Vaccination in Burma 1900-1911 - 1900-1911
Year: 1900
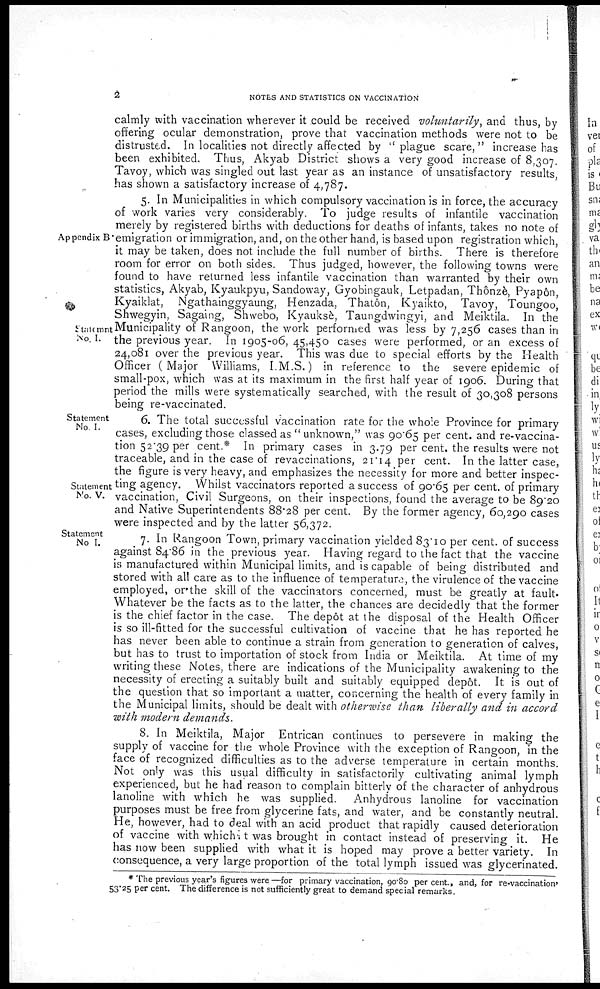
2
NOTES AND STATISTICS ON VACCINATION
calmly with vaccination wherever it could be received voluntarily, and thus, by
offering ocular demonstration, prove that vaccination methods were not to be
distrusted. In localities not directly affected by " plague scare," increase has
been exhibited. Thus, Akyab District shows a very good increase of 8,307.
Tavoy, which was singled out last year as an instance of unsatisfactory results,
has shown a satisfactory increase of 4,787.
Appendix B
Statement
No. I.
5. In Municipalities in which compulsory vaccination is in force, the accuracy
of work varies very considerably. To judge results of infantile vaccination
merely by registered births with deductions for deaths of infants, takes no note of
emigration or immigration, and, on the other hand, is based upon registration which,
it may be taken, does not include the full number of births. There is therefore
room for error on both sides. Thus judged, however, the following towns were
found to have returned less infantile vaccination than warranted by their own
statistics, Akyab, Kyaukpyu, Sandoway, Gyobingauk, Letpadan, Thônzè, Pyapôn,
Kyaiklat, Ngathainggyaung, Henzada, Thatôn, Kyaikto, Tavoy, Toungoo,
Shwegyin, Sagaing, Shwebo, Kyauksè, Taungdwingyi, and Meiktila. In the
Municipality of Rangoon, the work performed was less by 7,256 cases than in
the previous year. In 1905-06, 45,450 cases were performed, or an excess of
24,081 over the previous year. This was due to special efforts by the Health
Officer (Major Williams, I.M.S.) in reference to the severe epidemic of
small-pox, which was at its maximum in the first half year of 1906. During that
period the mills were systematically searched, with the result of 30,308 persons
being re-vaccinated.
Statement
No. I.
Statement
No. V.
6. The total successful vaccination rate for the whole Province for primary
cases, excluding those classed as "unknown," was 90.65 per cent. and re-vaccina-
tion 52.39 per cent.* In primary cases in 3.79 per cent. the results were not
traceable, and in the case of revaccinations, 21.14 per cent. In the latter case,
the figure is very heavy, and emphasizes the necessity for more and better inspec-
ting agency. Whilst vaccinators reported a success of 90.65 per cent. of primary
vaccination, Civil Surgeons, on their inspections, found the average to be 89.20
and Native Superintendents 88.28 per cent. By the former agency, 60,290 cases
were inspected and by the latter 56,372.
Statement
No I.
7. In Rangoon Town, primary vaccination yielded 83.10 per cent. of success
against 84.86 in the previous year. Having regard to the fact that the vaccine
is manufactured within Municipal limits, and is capable of being distributed and
stored with all care as to the influence of temperature, the virulence of the vaccine
employed, or the skill of the vaccinators concerned, must be greatly at fault.
Whatever be the facts as to the latter, the chances are decidedly that the former
is the chief factor in the case. The depôt at the disposal of the Health Officer
is so ill-fitted for the successful cultivation of vaccine that he has reported he
has never been able to continue a strain from generation to generation of calves,
but has to trust to importation of stock from India or Meiktila. At time of my
writing these Notes, there are indications of the Municipality awakening to the
necessity of erecting a suitably built and suitably equipped depôt. It is out of
the question that so important a matter, concerning the health of every family in
the Municipal limits, should be dealt with otherwise than liberally and in accord
with modern demands.
8. In Meiktila, Major Entrican continues to persevere in making the
supply of vaccine for the whole Province with the exception of Rangoon, in the
face of recognized difficulties as to the adverse temperature in certain months.
Not only was this usual difficulty in satisfactorily cultivating animal lymph
experienced, but he had reason to complain bitterly of the character of anhydrous
lanoline with which he was supplied. Anhydrous lanoline for vaccination
purposes must be free from glycerine fats, and water, and be constantly neutral.
He, however, had to deal with an acid product that rapidly caused deterioration
of vaccine with which it was brought in contact instead of preserving it. He
has now been supplied with what it is hoped may prove a better variety. In
consequence, a very large proportion of the total lymph issued was glycerinated.
* The previous year's figures were—for primary vaccination, 90.80 per cent., and, for re-vaccination'
53.25 per cent. The difference is not sufficiently great to demand special remarks.